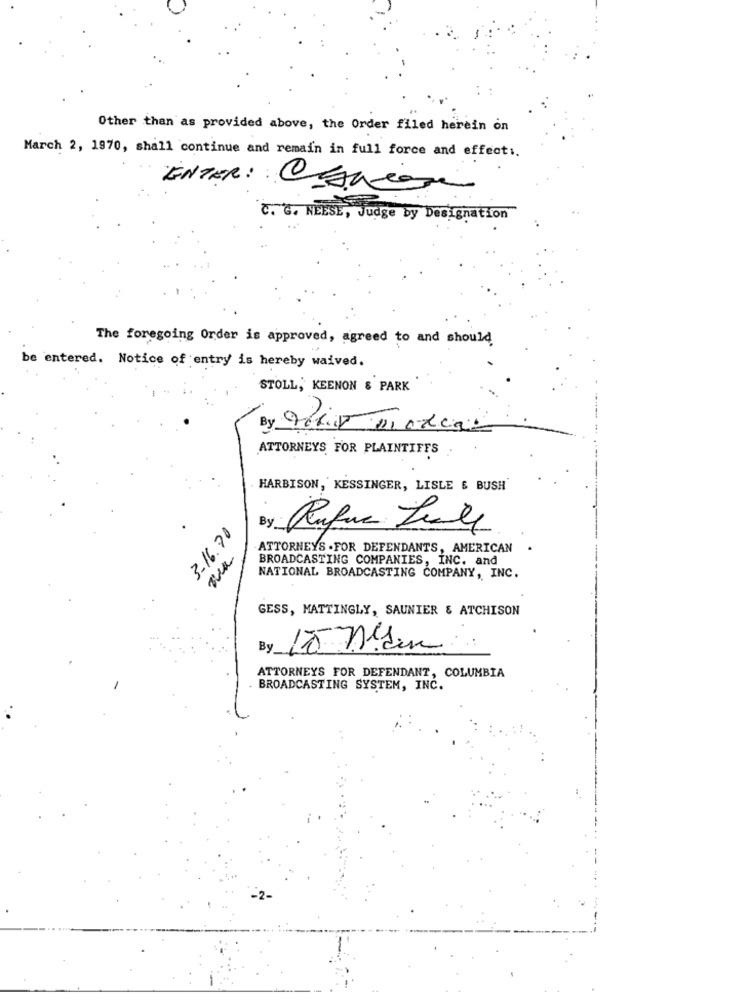
Other than as provided above, the Order filed herein on
March 2, 1970, shall continue and remain in full force and effect :.
ENTER: CANcom
C. G. NEESE, Judge by Designation
The foregoing Order is approved, agreed to and should
be entered. Notice of entry is hereby waived.
STOLL, KEENON & PARK
ATTORNEYS FOR PLAINTIFFS
HARBISON, KESSINGER, LISLE & BUSH
3.16.70
By
ATTORNEYS .FOR DEFENDANTS, AMERICAN
BROADCASTING COMPANIES, INC. and
NATIONAL BROADCASTING COMPANY, INC.
GESS, MATTINGLY, SAUNIER & ATCHISON
By
ATTORNEYS FOR DEFENDANT, COLUMBIA
BROADCASTING SYSTEM, INC.